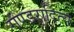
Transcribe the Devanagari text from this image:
गंण्डरादित्य